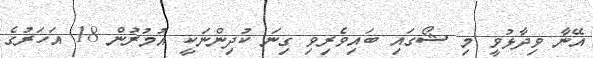
އޭނާ ވިދާޅުވީ މި ޝޯގައި ބައިވެރިވި ގިނަ ކުދިންނަކީ އުމުރުން 18 އަހަރުގެ